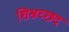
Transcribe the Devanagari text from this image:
शिश्नच्छद